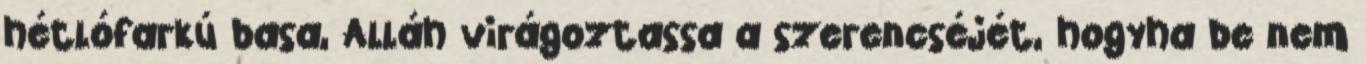
hétlófarkú basa, Alláh virágoztassa a szerencséjét, hogyha be nem